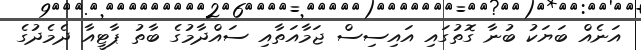
އަނެއް ބަޔަކު ބުނާ ގޮތުގައި އައިސިސް ޖަމާއަތާއި ސައްދާމުގެ ބާތު ޕާޓީއާ ދެމެދުގެ